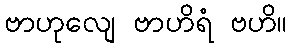
ဗာဟုလျေ ဗာဟိရံ ဗဟိ။